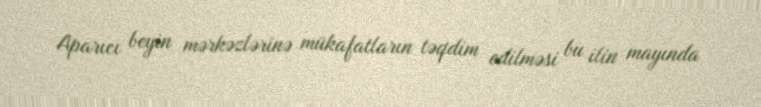
Aparıcı beyin mərkəzlərinə mükafatların təqdim edilməsi bu ilin mayında